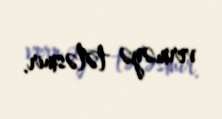
verməyə tələsmir.